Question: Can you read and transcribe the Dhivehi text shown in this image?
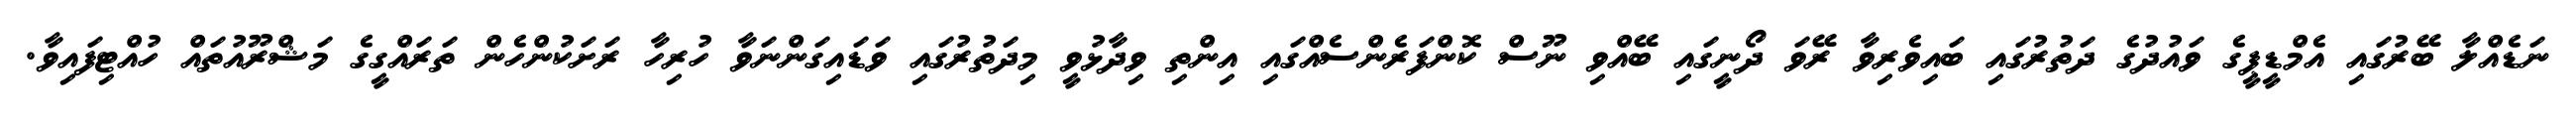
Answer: ނަޑެއްލާ ބޭރުގައި އެމްޑީޕީގެ ވައުދުގެ ދަތުރުގައި ބައިވެރިވާ ރޭވަ ދޯނީގައި ބޭއްވި ނޫސް ކޮންފަރެންސެއްގައި އިންތި ވިދާޅުވީ މިދަތުރުގައި ވަޑައިގަންނަވާ ހުރިހާ ރަށަކުންހެން ތަރައްގީގެ މަޝްރޫއުތައް ހުއްޓިފައިވާ.